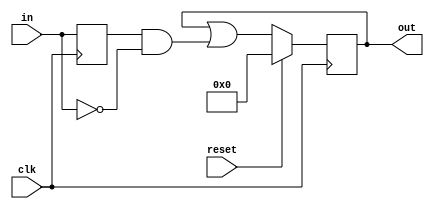
module top_module (
    input clk,
    input reset,
    input [31:0] in,
    output [31:0] out
);
    wire [31:0] in_old;
    always @ (posedge clk) begin
        if (reset) begin
        	out <= 32'd0;
        end
        else begin
            out <= out | in_old & ~in;
        end
        in_old <= in;
    end
endmodule